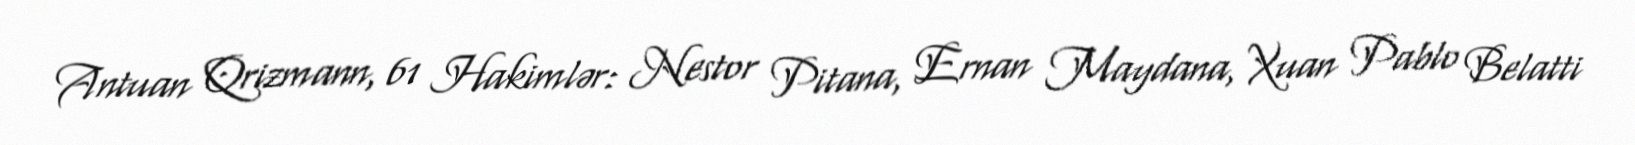
Antuan Qrizmann, 61 Hakimlər: Nestor Pitana, Ernan Maydana, Xuan Pablo Belatti